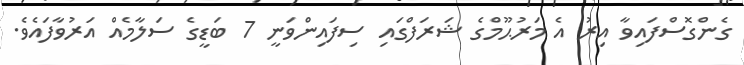
ގެންގޮސްފައިވާ އިރު އެ މަރުޙޫމްގެ ޝަރަފްގައި ސިފައިންވަނީ 7 ބަޑީގެ ސަލާމެއް އަރުވާފައެވެ.